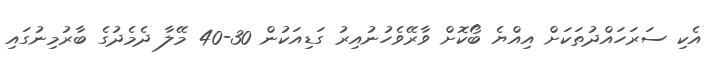
އެކި ސަރަހައްދުތަކަށް އިއްޔެ ބޯކޮށް ވާރޭވެހުނުއިރު ގަޑިއަކުން 30-40 މޭލާ ދެމެދުގެ ބާރުމިނުގައި